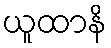
ယူထာနိ